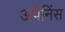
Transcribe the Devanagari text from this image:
अपेनिंस